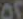
٥٢